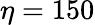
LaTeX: \eta=150